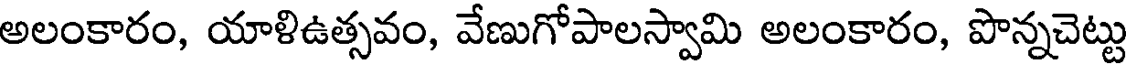
అలంకారం, యాళిఉత్సవం, వేణుగోపాలస్వామి అలంకారం, పొన్నచెట్టు